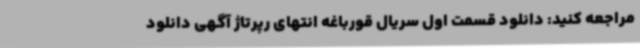
مراجعه کنید: دانلود قسمت اول سریال قورباغه انتهای رپرتاژ آگهی دانلود